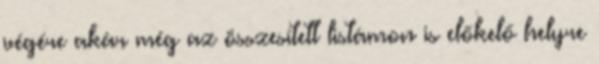
végére akár még az összesített listámon is előkelő helyre